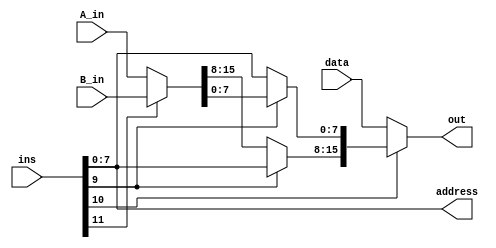
// Andrew Doucet
// Spencer Dugas

// Load 
module LD (data, ins, address, out,A_in,B_in);

    // I/O
    input [15:0] data, ins, A_in,B_in;
    output [7:0] address;
    output reg[15:0] out;
    assign address = ins[7:0];

    // Loads the value depending on opCode
    always@(ins, A_in, B_in, data)
    begin
        if (~ins[11])
            out = A_in;
        else
            out = B_in;
        
        // Load from RAM
        if (~ins[10])
            out = data;
        else
            // Load intermediate
            if (~ins[9])
                out[7:0] = address;
            else
                out[15:8] = address;
    end
endmodule